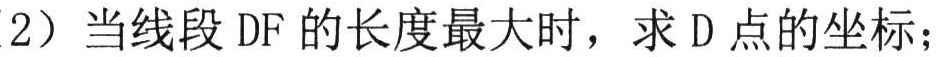
（2）当线段 DF 的长度最大时，求 D 点的坐标；